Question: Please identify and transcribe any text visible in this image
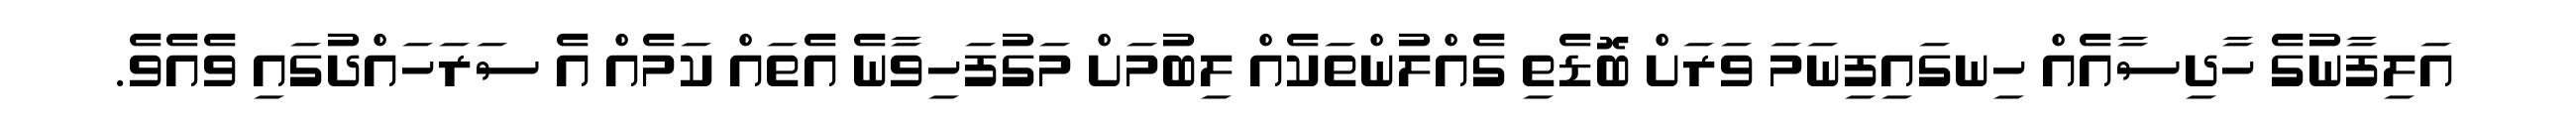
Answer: އަލިފާނުގެ ހާދިސާއެއް ހިނގައިފިނަމަ ވަރަށް ބޮޑެތި ގެއްލުންތަކެއް ލިބުމަށް މަގުފަހިވާނެ އެތައް ކަމެއް އެ ސަރަހައްދުގައި ވެއެވެ.